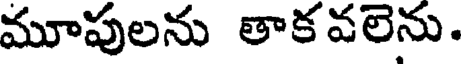
మూపులను తాకవలెను.